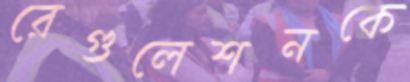
রেগুলেশনকে